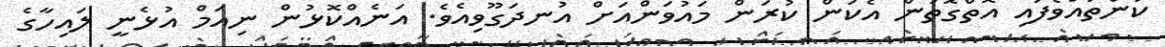
ކަންތައްވެފައި އޮތްގޮތުން އެކަން ކުރަން މައުވަންއަށް އުނދަގޫވިއެވެ. އަނެއްކޮޅުން ނިއަމް އުޅެނީ ލައިހާގެ